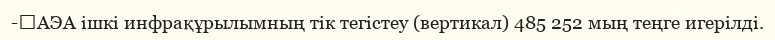
-	АЭА ішкі инфрақұрылымның тік тегістеу (вертикал) 485 252 мың теңге игерілді.